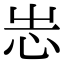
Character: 𢗍